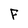
Character: F